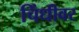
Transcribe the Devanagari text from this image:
चिंधीवर